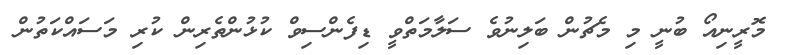
މޮރީނިއޯ ބުނީ މި މެޗުން ބަލިނުވެ ސަލާމަތްވީ ޑިފެންސިވް ކުޅުންތެރިން ކުރި މަސައްކަތުން